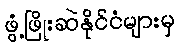
ဖွံ့ဖြိုးဆဲနိုင်ငံများမှ